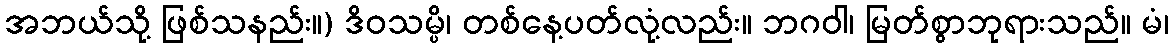
အဘယ်သို့ ဖြစ်သနည်း။) ဒိဝသမ္ပိ၊ တစ်နေ့ပတ်လုံ့လည်း။ ဘဂဝါ၊ မြတ်စွာဘုရားသည်။ မံ၊